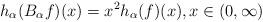
LaTeX: \begin{align*}h_\alpha(B_\alpha f)(x)=x^2 h_\alpha(f)(x), x\in (0,\infty)\end{align*}